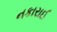
નકારાઈ